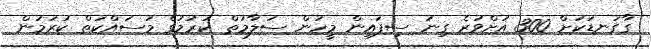
ގާގަނޑަކަށް 300 އަށްވުރެ ގިނަ ސިފައިން މީހުން ސަލާމަތް ކުރުމުގެ މަސައްކަތް ކުރަމުން